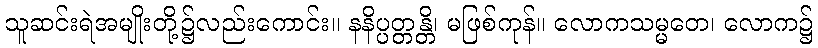
သူဆင်းရဲအမျိုးတို့၌လည်းကောင်း။ နနိပ္ပတ္တန္တိ၊ မဖြစ်ကုန်။ လောကသမ္မတေ၊ လောက၌